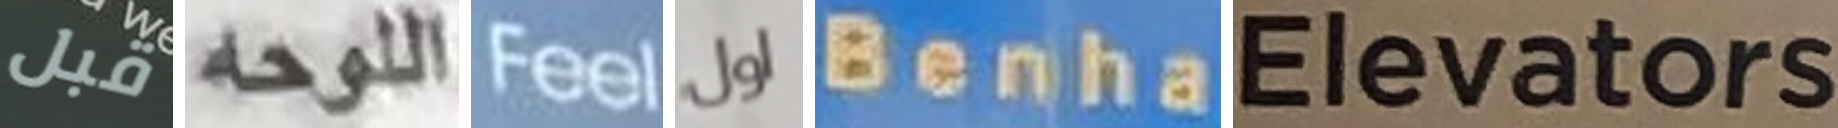
قبل اللوحه Feel اول Benha Elevators